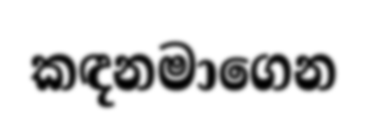
කඳනමාගෙන